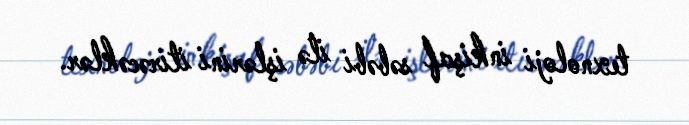
texnoloji inkişaf səbəbi ilə işlərini itirəcəklər.